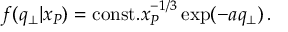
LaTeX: f ( q _ { \bot } | x _ { P } ) = \mathrm { c o n s t . } x _ { P } ^ { - 1 / 3 } \exp ( - a q _ { \bot } ) \mathrm { \, . }